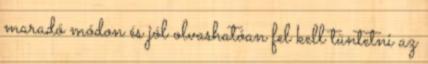
maradó módon és jól olvashatóan fel kell tüntetni az